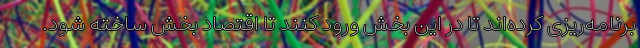
برنامه‌ریزی کرده‌اند تا در این بخش ورود کنند تا اقتصاد بخش ساخته شود.